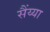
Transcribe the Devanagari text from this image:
सैंय्या